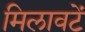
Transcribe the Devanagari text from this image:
मिलावटें